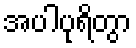
အပါပုရိတွာ